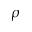
\rho